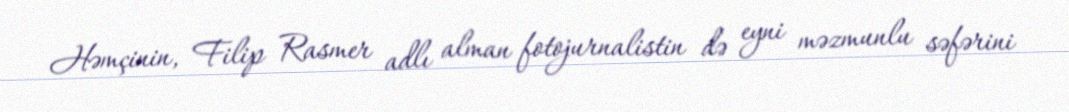
Həmçinin, Filip Rasmer adlı alman fotojurnalistin də eyni məzmunlu səfərini